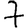
Digit: 7